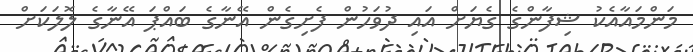
މަންމައާއެކު ޝިފާންގެ ގެޔަށް އައި ދުވަހުން ފެށިގެން އޭނާގެ ބައްޕަ އޭނާގެ ލޮލަކަށް